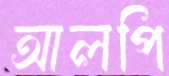
আলপি